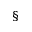
^ { \mathsection }